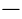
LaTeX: -